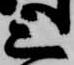
上